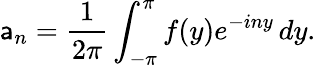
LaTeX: \mathsf{a}_{n}={\frac{{1}}{{2\pi}}}\int_{-\pi}^{\pi}f(y)e^{-iny}\, dy.